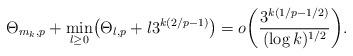
LaTeX: \begin{align*} \Theta_{m_k, p}+ \min_{l \ge0} \bigl(\Theta_{l, p} + l 3^{k (2/p-1)}\bigr) = o \biggl({ {3^{k(1/p-1/2)}}\over{(\log k)^{1/2}}} \biggr).\end{align*}